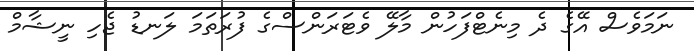
ނަމަވެސް އޭގެ ދެ މިނެޓްފަހުން މާލޭ ވެޓަރަންސްގެ ފުރަތަމަ ލަނޑު ޖެހި ނީޝާމް